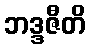
ဘဒ္ဒဇီတိ